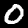
Digit: 0